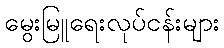
မွေးမြူရေးလုပ်ငန်းများ